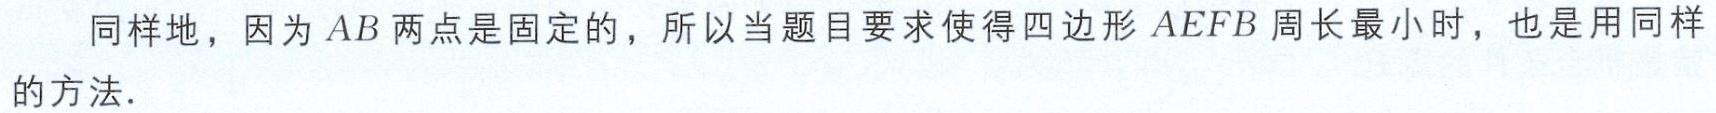
同样地，因为 \(AB\) 两点是固定的，所以当题目要求使得四边形 \(AEFB\) 周长最小时，也是用同样的方法.